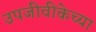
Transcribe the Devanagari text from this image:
उपजीवीकेच्या